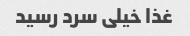
غذا خیلی سرد رسید